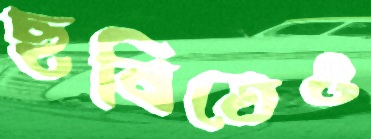
ছবিতেও